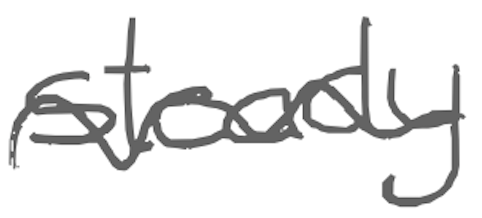
Text: steady
Cross-out: wave
Writing tool: digital_gray